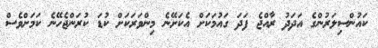
ކައުންސިލަރުންގެ އަދަދު ރާއްޖެ ފަދަ ގައުމަކަށް އެކަށޭނެ މިންވަރަކަށް ކުޑަ ކުރަންޖެހޭނެ ކަމަށްވެސް